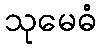
သုမေဓံ